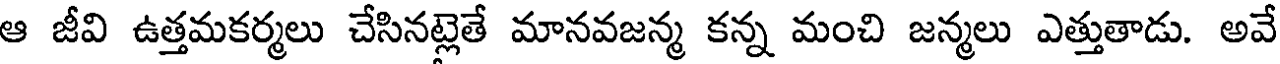
ఆ జీవి ఉత్తమకర్మలు చేసినట్లెతే మానవజన్మ కన్న మంచి జన్మలు ఎత్తుతాడు. అవే